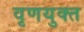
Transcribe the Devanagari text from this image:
वृणयुक्त